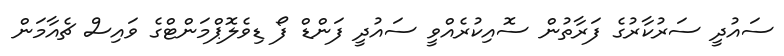
ސައުދީ ސަރުކާރުގެ ފަރާތުން ސޮއިކުރެއްވީ ސައުދީ ފަންޑް ފޯ ޑިވެލޮޕްމަންޓްގެ ވައިސް ޗެއާމަން